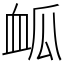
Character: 𮕟